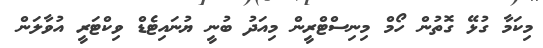
މިކަމާ ގުޅޭ ގޮތުން ހޯމް މިނިސްޓްރީން މިއަދު ބުނީ ޔުނައިޓެޑް ވިކްޓަރީ އުވާލަން